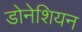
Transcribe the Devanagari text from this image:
डोनेशियन